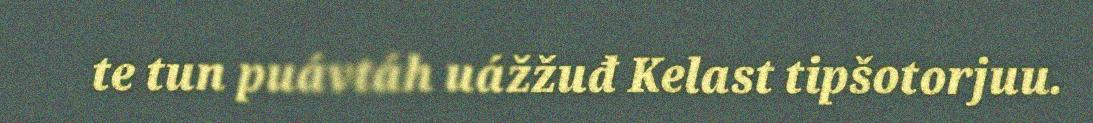
te tun puávtáh uážžuđ Kelast tipšotorjuu.